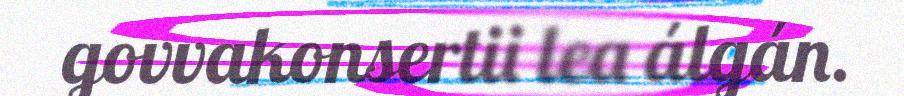
govvakonsertii lea álgán.